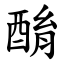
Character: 酳